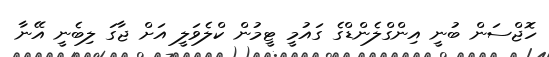
ހޮޖްސަން ބުނީ އިންގްލެންޑްގެ ގައުމީ ޓީމުން ކްލެވަލީ އަށް ޖާގަ ލިބެނީ އޭނާ